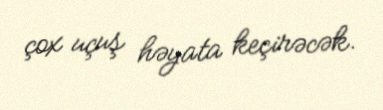
çox uçuş həyata keçirəcək.